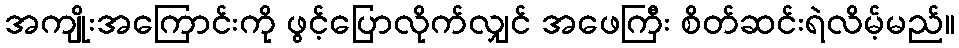
အကျိုးအကြောင်းကို ဖွင့်ပြောလိုက်လျှင် အဖေကြီး စိတ်ဆင်းရဲလိမ့်မည်။